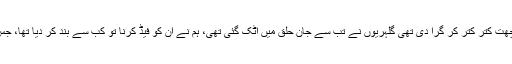
اور جب سے ایک دوست نے بتایا تھا کہ ایسے ہی ایک کیس میں اس کی نند کی چھت کتر کتر کر گرا دی تھی گلہریوں نے تب سے جان حلق میں اٹک گئی تھی، ہم نے ان کو فیڈ کرنا تو کب سے بند کر دیا تھا، جس کے جواب میں انہوں نے ہمارے سیب کے درخت سے تمام پھل غائب کر ڈالے۔